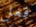
فعل